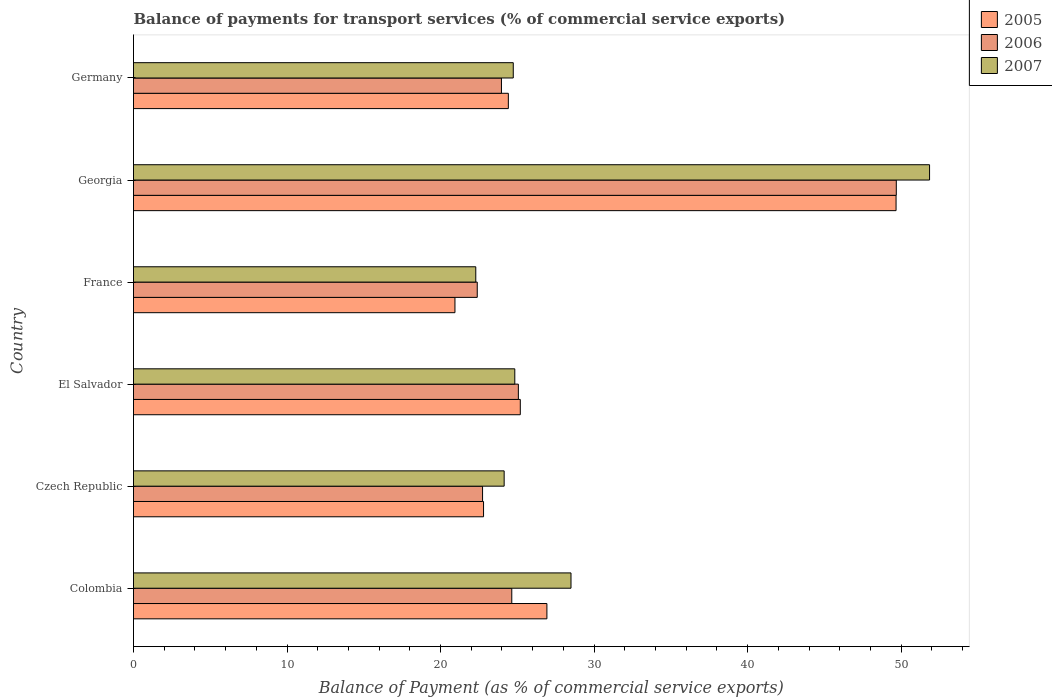
| Country | 2005 | 2006 | 2007 |
 | --- | --- | --- | --- |
 | Colombia | 26.9 | 24.6 | 28.5 |
 | Czech Republic | 22.8 | 22.7 | 24.1 |
 | El Salvador | 25.2 | 25.1 | 24.8 |
 | France | 20.9 | 22.4 | 22.3 |
 | Georgia | 49.7 | 49.7 | 51.9 |
 | Germany | 24.4 | 24 | 24.7 |